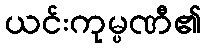
ယင်းကုမ္ပဏီ၏